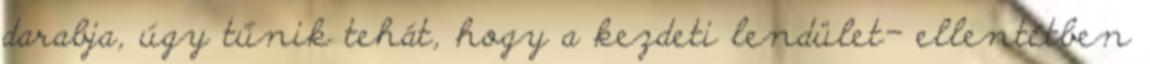
darabja, úgy tűnik tehát, hogy a kezdeti lendület- ellentétben